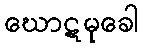
ဃောဋမုခေါ